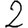
Digit: 2